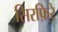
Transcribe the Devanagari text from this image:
सिरफ़िरे